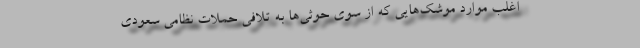
اغلب موارد موشک‌هایی که از سوی حوثی‌ها به تلافی حملات نظامی سعودی